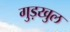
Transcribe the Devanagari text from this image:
गुड़खुल